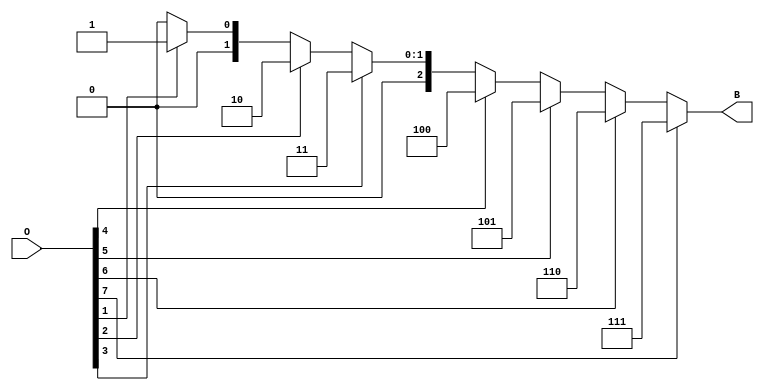
module octal_to_binary_encoder (
    input wire [7:0] O,  // Octal input
    output reg [2:0] B   // Binary output
);

    always @* begin
        case (1'b1) // Priority Encoding
            O[7]: B = 3'b111; // 7
            O[6]: B = 3'b110; // 6
            O[5]: B = 3'b101; // 5
            O[4]: B = 3'b100; // 4
            O[3]: B = 3'b011; // 3
            O[2]: B = 3'b010; // 2
            O[1]: B = 3'b001; // 1
            O[0]: B = 3'b000; // 0
            default: B = 3'b000; // Undefined state (all inputs low)
        endcase
    end

endmodule